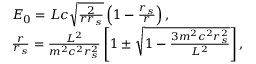
\begin{array} { l } { { \cal { E } } _ { 0 } = { \cal { L } } c \sqrt \frac { 2 } { r r _ { s } } \left( 1 - \frac { r _ { s } } { r } \right) , } \\ { \frac { r } { r _ { s } } = \frac { { \cal { L } } ^ { 2 } } { m ^ { 2 } c ^ { 2 } r _ { s } ^ { 2 } } \left[ 1 \pm \sqrt { 1 - \frac { 3 m ^ { 2 } c ^ { 2 } r _ { s } ^ { 2 } } { { \cal { L } } ^ { 2 } } } \right] , } \end{array}